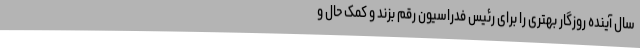
سال آینده روزگار بهتری را برای رئیس فدراسیون رقم بزند و کمک حال و